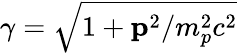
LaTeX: \gamma=\sqrt{1+{\mathbf p}^{2}/m_{p}^{2}c^{2}}